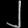
Digit: ၂